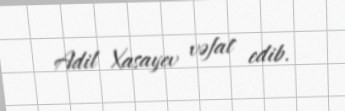
Adil Xasayev vəfat edib.